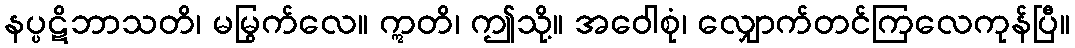
နပ္ပဋိဘာသတိ၊ မမြွက်လေ။ ဣတိ၊ ဤသို့။ အဝေါစုံ၊ လျှောက်တင်ကြလေကုန်ပြီ။